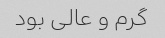
گرم و عالی بود